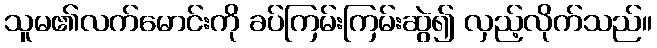
သူမ၏လက်မောင်းကို ခပ်ကြမ်းကြမ်းဆွဲ၍ လှည့်လိုက်သည်။